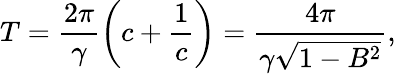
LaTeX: T=\frac{2\pi}{\gamma}\left(c+\frac{1}{c}\right)=\frac{4\pi}{\gamma\sqrt{1-B^{2}}},